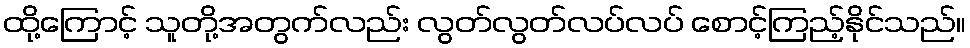
ထို့ကြောင့် သူတို့အတွက်လည်း လွတ်လွတ်လပ်လပ် စောင့်ကြည့်နိုင်သည်။